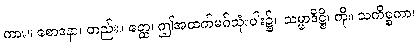
ကား။ စောဒနာ၊ တည်း။ ဧတ္ထ၊ ဤအထက်မဂ်သုံးပါး၌။ သမ္မာဒိဋ္ဌိ၊ ကို။ သကိစ္စကာ၊